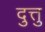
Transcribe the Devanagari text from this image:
दुत्तु